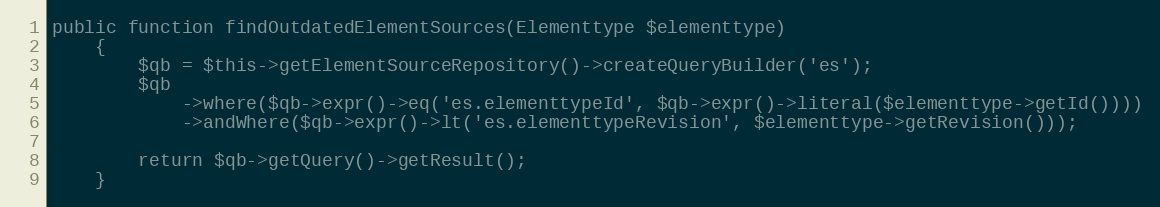
Language: PHP
public function findOutdatedElementSources(Elementtype $elementtype)
    {
        $qb = $this->getElementSourceRepository()->createQueryBuilder('es');
        $qb
            ->where($qb->expr()->eq('es.elementtypeId', $qb->expr()->literal($elementtype->getId())))
            ->andWhere($qb->expr()->lt('es.elementtypeRevision', $elementtype->getRevision()));

        return $qb->getQuery()->getResult();
    }